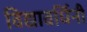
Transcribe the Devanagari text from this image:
विद्यावर्धिनी